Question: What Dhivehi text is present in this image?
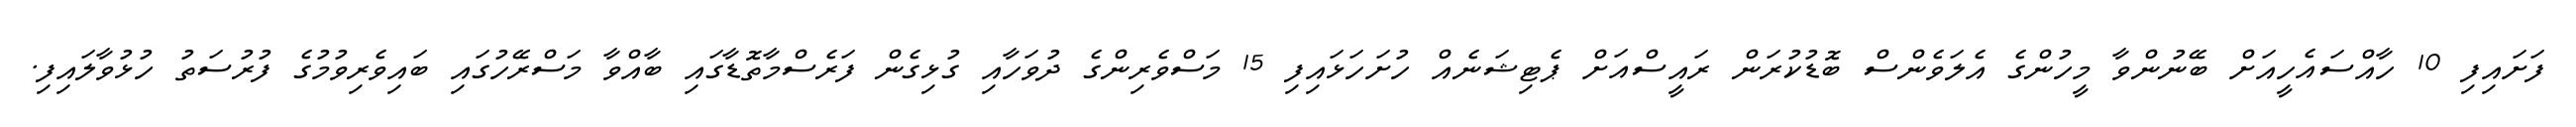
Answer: ފަށައިފި 10 ހާއްސައެހީއަށް ބޭނުންވާ މީހުންގެ އެލަވެންސް ބޮޑުކުރަން ރައީސްއަށް ޕެޓިޝަނެއް ހުށަހަޅައިފި 15 މަސްވެރިންގެ ދުވަހާއި ގުޅިގެން ފަރެސްމާތޮޑާގައި ބާއްވާ މަސްރޭހުގައި ބައިވެރިވުމުގެ ފުރުސަތު ހުޅުވާލައިފި.